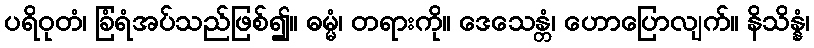
ပရိဝုတံ၊ ခြံရံအပ်သည်ဖြစ်၍။ ဓမ္မံ၊ တရားကို။ ဒေသေန္တံ၊ ဟောပြောလျက်။ နိသိန္နံ၊